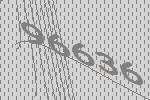
96636